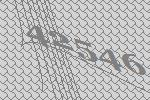
42546